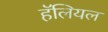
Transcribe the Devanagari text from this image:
हॅलियल